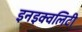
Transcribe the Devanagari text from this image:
इनइक्वलिटी